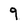
Character: 9